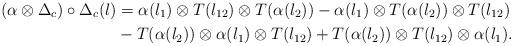
LaTeX: \begin{align*}(\alpha \otimes \Delta_c) \circ \Delta_c(l)&=\alpha (l_1) \otimes T(l_{12}) \otimes T(\alpha (l_2))-\alpha (l_1) \otimes T(\alpha (l_2)) \otimes T(l_{12}) \\&-T(\alpha (l_2)) \otimes \alpha (l_1) \otimes T(l_{12})+T(\alpha (l_2)) \otimes T(l_{12}) \otimes \alpha (l_1).\end{align*}